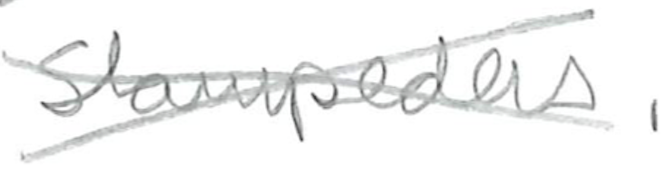
Text: Stampeders.
Cross-out: cross
Writing tool: pencil